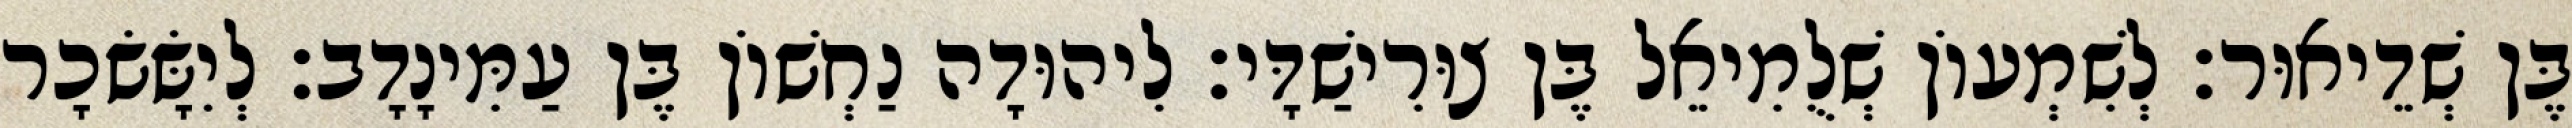
בֶּן שְׁדֵיאוּר׃ לְשִׁמְעוֹן שְׁלֻמִיאֵל בֶּן צוּרִישַׁדָּי׃ לִיהוּדָה נַחְשׁוֹן בֶּן עַמִּינָדָב׃ לְיִשָּׂשׂכָר